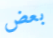
بعض